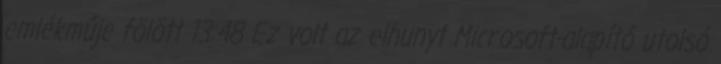
emlékműje fölött 13:48 Ez volt az elhunyt Microsoft-alapító utolsó